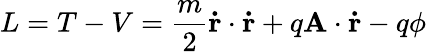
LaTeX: L=T-V={\frac{m}{2}}\mathbf{\dot{r}}\cdot\mathbf{\dot{r}}+q\mathbf{A}\cdot\mathbf{\dot{r}}-q\phi